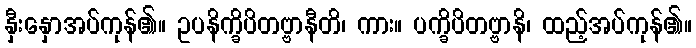
နှီးနှောအပ်ကုန်၏။ ဥပနိက္ခိပိတဗ္ဗာနီတိ၊ ကား။ ပက္ခိပိတဗ္ဗာနိ၊ ထည့်အပ်ကုန်၏။